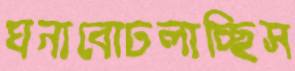
ঘনাবোঢলাচ্ছিস